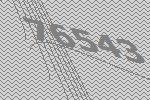
76543